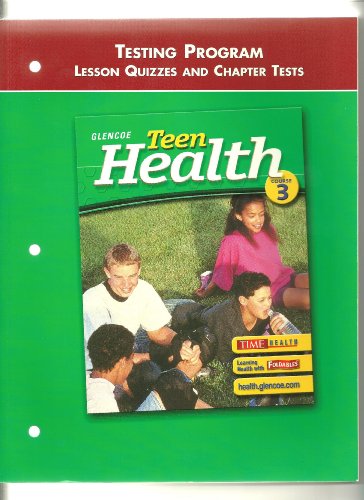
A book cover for Teen Health Course 3 Testing Program Lesson Quizzes and Chapter Tests; Glencoe; Health, Fitness & Dieting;